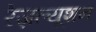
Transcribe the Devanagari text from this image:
रेज़ल्यूशन